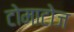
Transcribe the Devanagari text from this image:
टोमाटोज